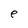
Character: e